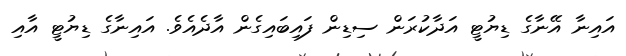
އައިނާ އޭނާގެ ޑިޔުޓީ އަދާކުރަން ސިޑިން ފައިބައިގެން އާދެއެވެ. އައިނާގެ ޑިޔުޓީ އާއި